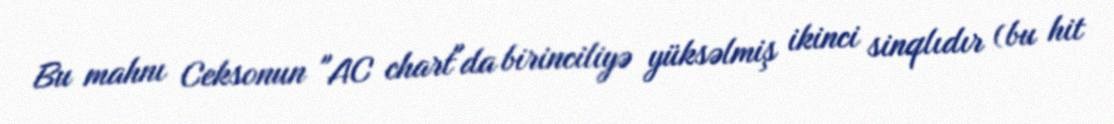
Bu mahnı Ceksonun "AC chart"da birinciliyə yüksəlmiş ikinci sinqlıdır (bu hit